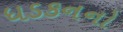
ધડકનનો